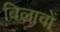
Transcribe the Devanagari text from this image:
बिलावों